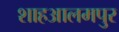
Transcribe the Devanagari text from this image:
शाहआलमपुर